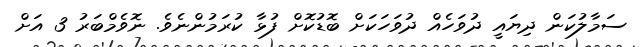
ސަމާލުކަން ދިޔައީ ދުވަހެއް ދުވަހަކަށް ބޮޑުކޮށް ފުޅާ ކުރަމުންނެވެ. ނޮވެމްބަރު 3 އަށް